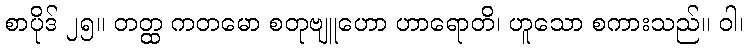
စာပိုဒ် ၂၅။ တတ္ထ ကတမော စတုဗျူဟော ဟာရောတိ၊ ဟူသော စကားသည်။ ဝါ၊